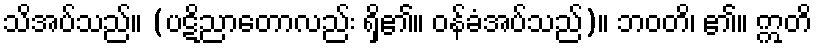
သိအပ်သည်။ (ပဋိညာတောလည်း ရှိ၏။ ဝန်ခံအပ်သည်)။ ဘဝတိ၊ ၏။ ဣတိ